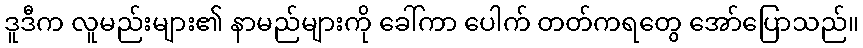
ဒူဒီက လူမည်းများ၏ နာမည်များကို ခေါ်ကာ ပေါက် တတ်ကရတွေ အော်ပြောသည်။